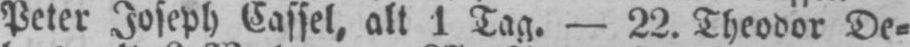
Peter Joseph Cassel, alt 1 Tag. - 22. Theodor De⸗